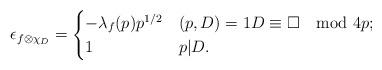
LaTeX: \begin{align*} \epsilon_{f \otimes \chi_D}= \begin{cases} -\lambda_f(p) p^{1/2} & (p,D)=1 D\equiv \square\mod 4p;\\ 1 & p|D. \end{cases}\end{align*}